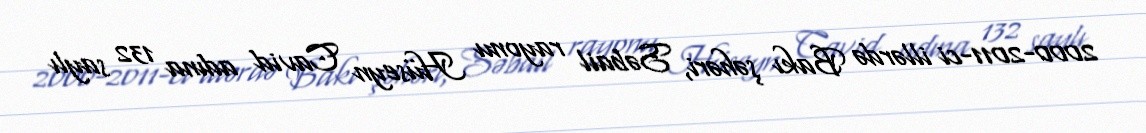
2000-2011-ci illərdə Bakı şəhəri, Səbail rayonu Hüseyn Cavid adına 132 saylı